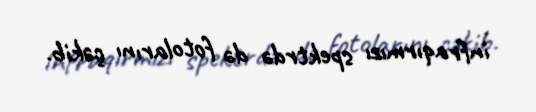
infraqırmızı spektrdə də fotolarını çəkib.